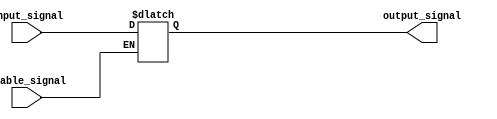
module buffer_enable(
    input wire input_signal,
    input wire enable_signal,
    output reg output_signal
);

always @(input_signal, enable_signal)
begin
    if (enable_signal)
        output_signal <= input_signal;
    else
        output_signal <= output_signal; // hold the output at constant value
end

endmodule